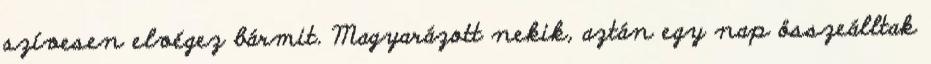
szívesen elvégez bármit. Magyarázott nekik, aztán egy nap összeálltak